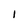
Character: I